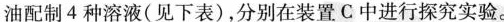
油配制4种溶液(见下表)，分别在装置C中进行探究实验。